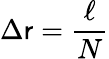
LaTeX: \Delta\mathsf{r}=\frac{{\ell}}{{N}}